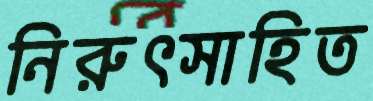
নিরুৎসাহিত